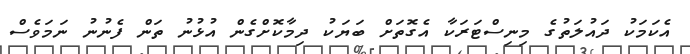
އެކަމަކު ދައުލަތުގެ މިނިސްޓަރަކާ އެގޮތަށް ބަޔަކު ދިމާކޮށްގެން އުޅުނު ތަން ފެނުނު ނަމަވެސް